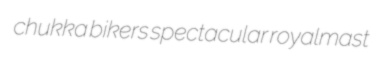
chukka bikers spectacular royalmast